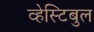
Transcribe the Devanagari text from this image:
व्हेस्टिबुल